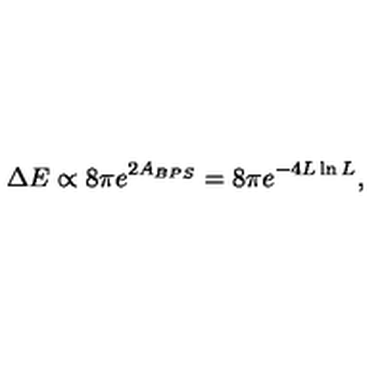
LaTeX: \Delta E \propto 8 \pi e ^ { 2 A _ { B P S } } = 8 \pi e ^ { - 4 L \ln L } ,